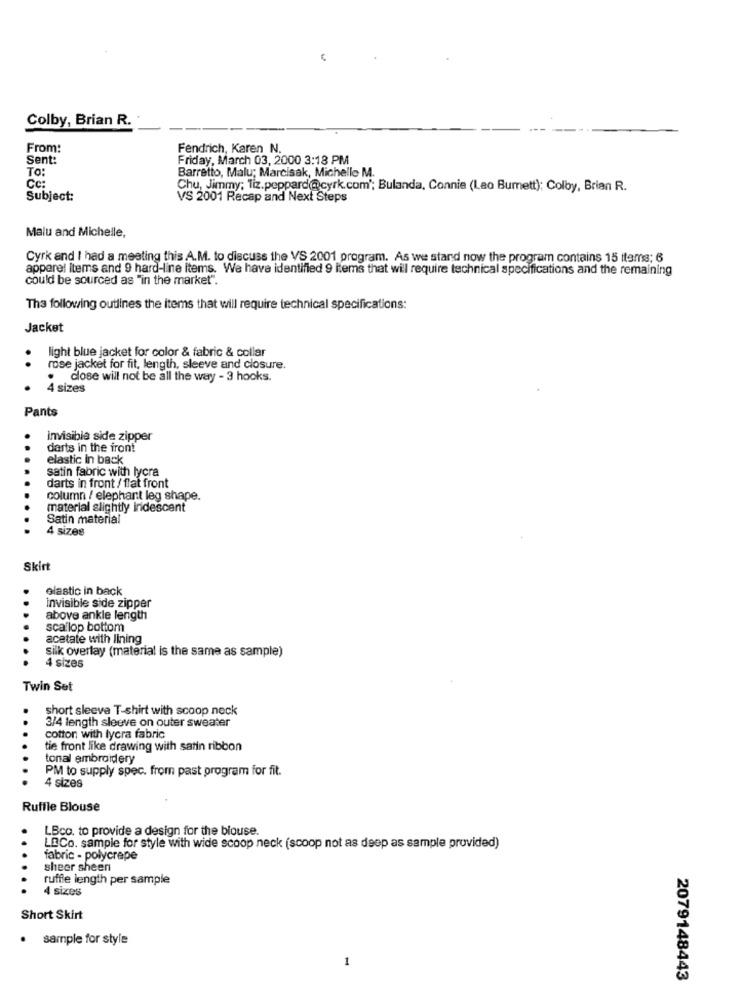
Colby, Brian R.
From:
Fendrich, Karen N.
Sent:
Friday, March 03, 2000 3:18 PM
TO:
Barretto, Malu; Marcisak, Michelle M.
Cc:
Chu, Jimmy; Tiz.peppard@cyrk.com'; Bulanda, Connie (Lao Bumett): Colby, Brian R.
Subject:
VS 2001 Recap and Next Steps
Malu and Michelle,
Cyrk and I had a meeting this A.M. to discuss the VS 2001 program. As we stand now the program contains 15 items; 6
apparel items and 9 hard-line Items. We have identified 9 items that will require technical specifications and the remaining
could be sourced as "in the market".
The following outlines the items that will require technical specifications:
Jacket
light blue jacket for color & fabric & collar
rose jacket for fit, length, sleeve and closure.
. close will not be all the way - 3 hooks.
4 sizes
Pants
invisible side zipper
darts in the iron!
elastic In back
satin fabric with lycra
darts in front / flat front
column / elephant leg shape.
material slightly indescent
Satin material
4 sizes
Skirt
elastic in back
invisible side zipper
above ankle length
scallop bottom
acetate with lining
silk overlay (material is the same as sample)
4 sizes
Twin Set
short sleeve T-shirt with scoop neck
.
3/4 length sleeve on outer sweater
cotton with lycra fabric
tie front like drawing with satin ribbon
tonal embroidery
PM to supply spec. from past program for fit.
4 sizes
Ruffle Blouse
LBco. to provide a design for the blouse.
LACo. sample for style with wide scoop neck (scoop not as deep as sample provided)
fabric - polycrepe
..
sheer sheen
ruffle length per sample
4 sizes
Short Skirt
· sample for style
1
2079148443